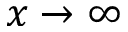
x \rightarrow \infty